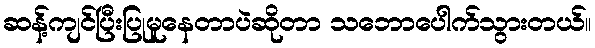
ဆန့်ကျင်ပြီးပြုမူနေတာပဲဆိုတာ သဘောပေါက်သွားတယ်။